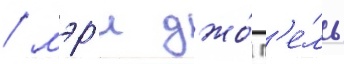
/ мэр'и джо́ п'е́ль